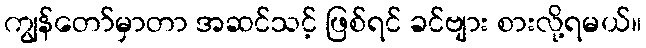
ကျွန်တော်မှာတာ အဆင်သင့် ဖြစ်ရင် ခင်ဗျား စားလို့ရမယ်။